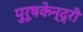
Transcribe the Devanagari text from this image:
पुरूषकेन्द्री